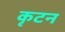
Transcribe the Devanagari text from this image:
कृटन